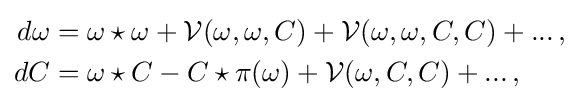
{\begin{aligned}d\omega &=\omega \star \omega +{\mathcal {V}}(\omega ,\omega ,C)+{\mathcal {V}}(\omega ,\omega ,C,C)+...\,,\\dC&=\omega \star C-C\star \pi (\omega )+{\mathcal {V}}(\omega ,C,C)+...\,,\end{aligned}}